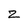
Character: z